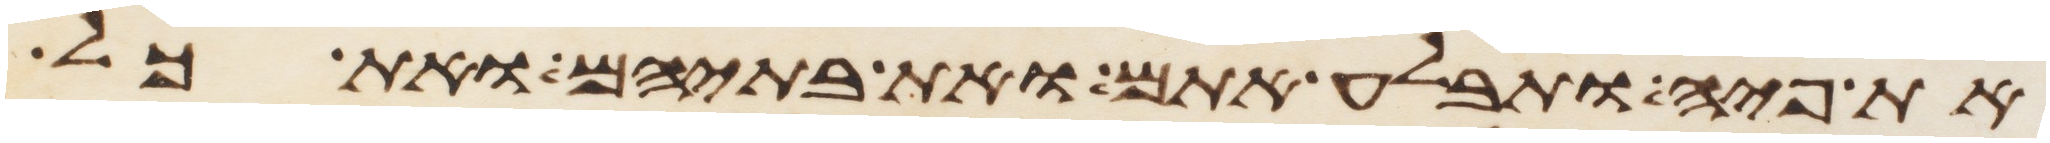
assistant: את פיה ותבלע אתם ואת בתיהם ואת כל